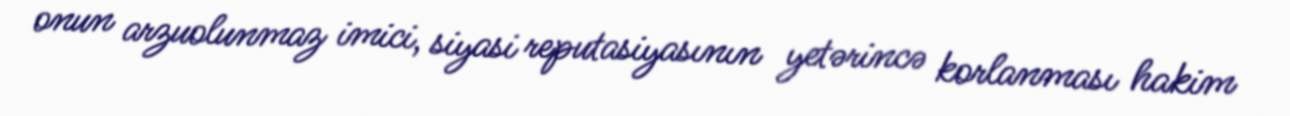
onun arzuolunmaz imici, siyasi reputasiyasının yetərincə korlanması hakim